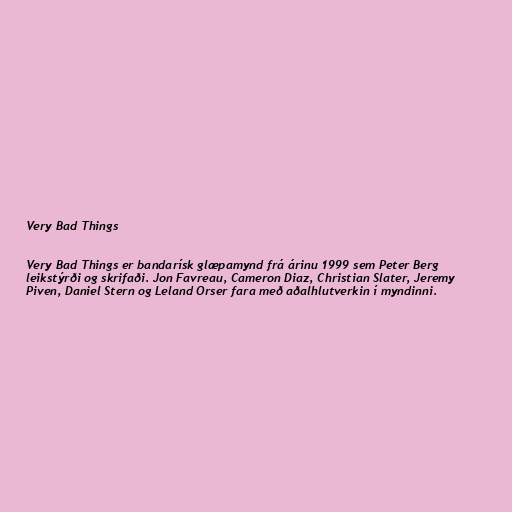
Very Bad Things

Very Bad Things er bandarísk glæpamynd frá árinu 1999 sem Peter Berg
leikstýrði og skrifaði. Jon Favreau, Cameron Diaz, Christian Slater, Jeremy
Piven, Daniel Stern og Leland Orser fara með aðalhlutverkin í myndinni.